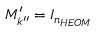
M _ { k ^ { \prime \prime } } ^ { \prime } = I _ { n _ { H E O M } }